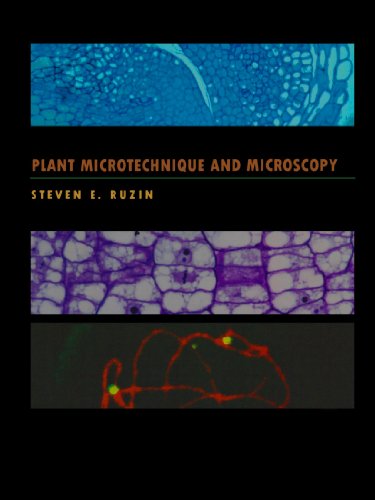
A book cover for Plant Microtechnique and Microscopy; Steven E. Ruzin; Science & Math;